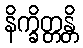
နိက္ခိတ္တန္တိ